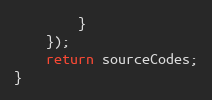
Language: JavaScript
        }
    });
    return sourceCodes;
}